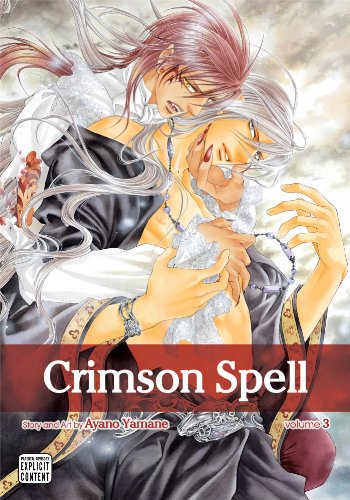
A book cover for Crimson Spell, Vol. 3; Ayano Yamane; Comics & Graphic Novels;